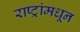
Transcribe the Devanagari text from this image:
राष्ट्रांमधून